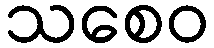
သစေဝ